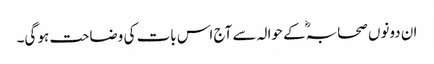
ان دونوں صحابہؓ کے حوالہ سے آج اس بات کی وضاحت ہو گی۔